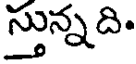
స్తున్నది.